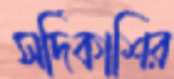
সর্দিকাশির